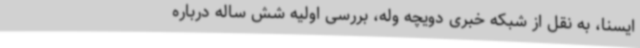
ایسنا، به نقل از شبکه خبری دویچه وله، بررسی اولیه شش ساله درباره